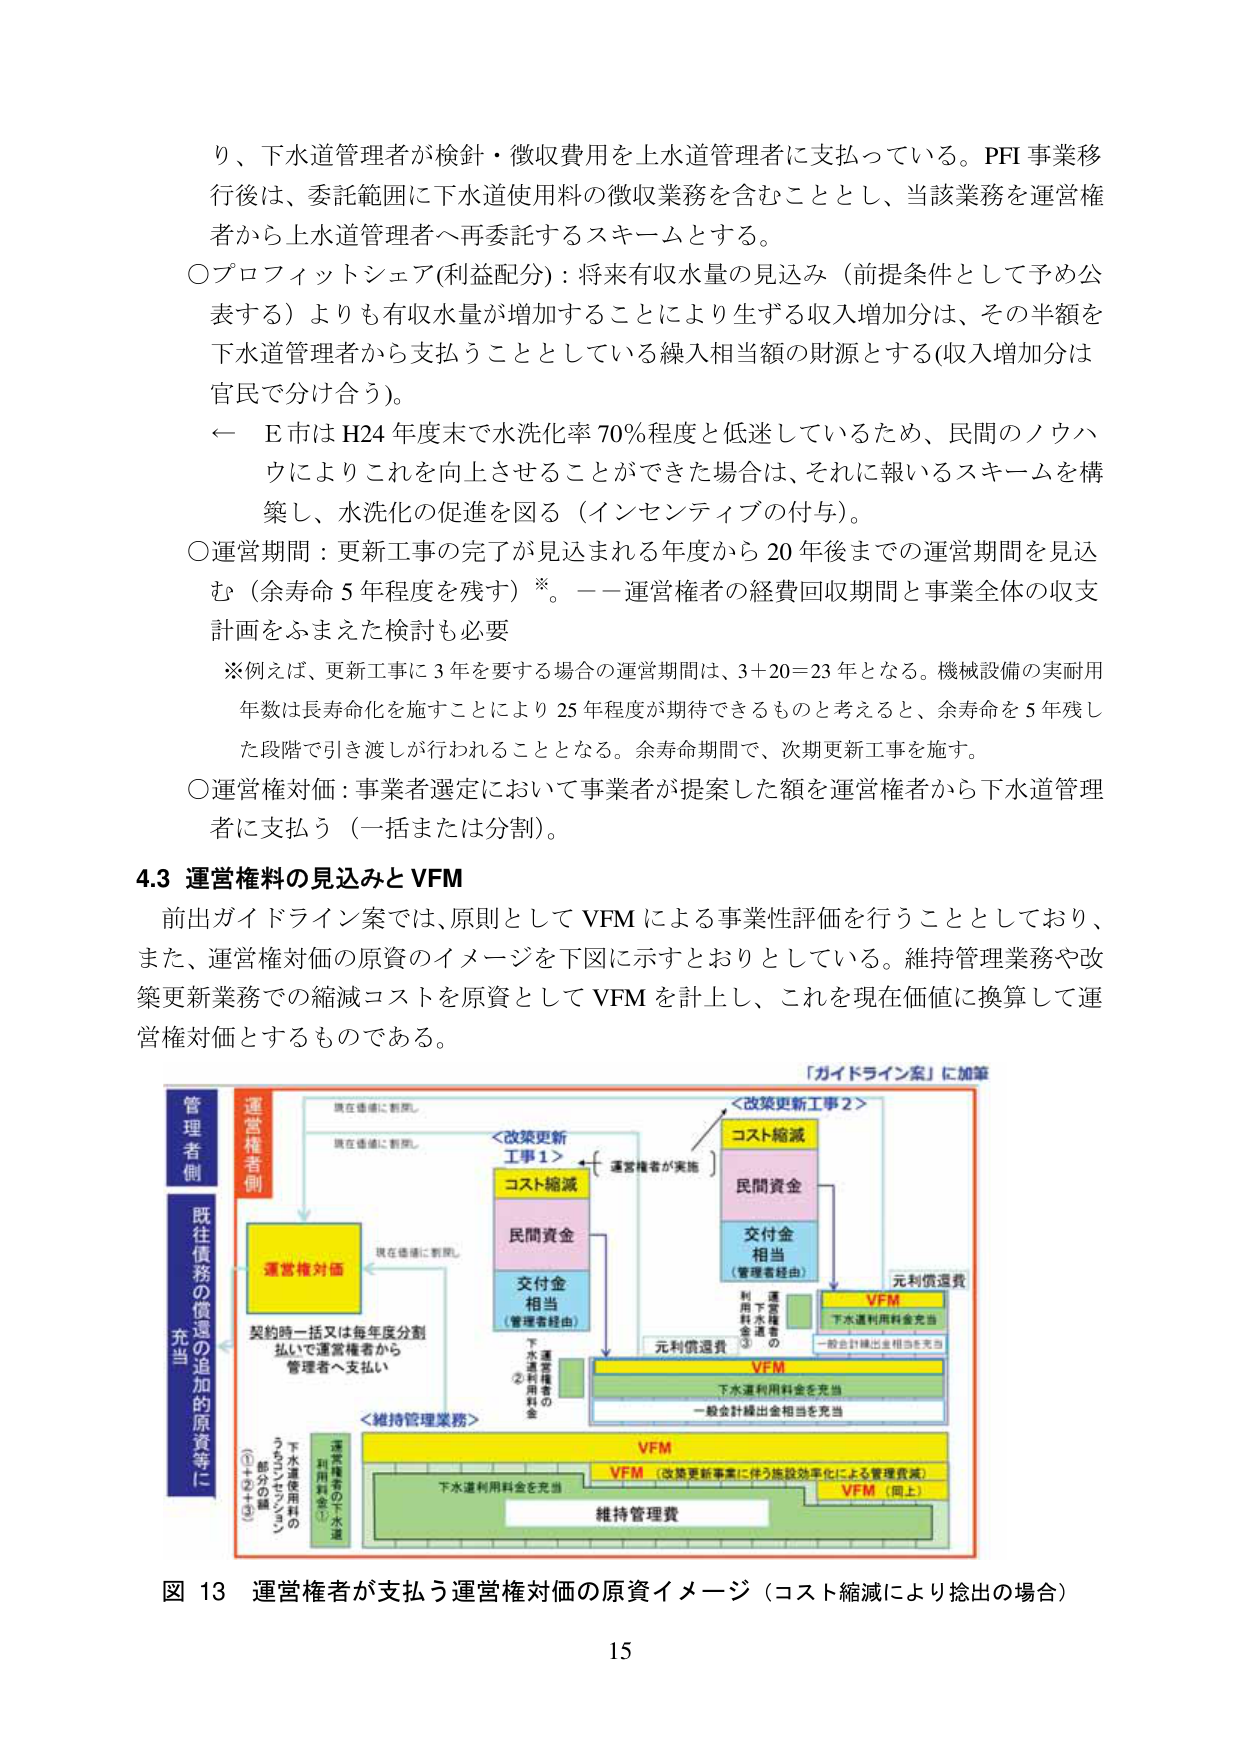
り、下水道管理者が検針・徴収費用を上水道管理者に支払っている。PFI事業移行後は、委託範囲に下水道使用料の徴収業務を含むこととし、当該業務を運営権者から上水道管理者へ再委託するスキームとする。

〇プロフィットシェア(利益分配)：将来有収水量の見込み（前提条件として予め公表する）よりも有収水量が増加することにより生ずる収入増加分は、その半額を下水道管理者から支払うこととしている繰入相当額の財源とする(収入増加分は官民で分け合う)。

← E市はH24年度末で水洗化率70％程度と低迷しているため、民間のノウハウによりこれを向上させることができた場合は、それに報いるスキームを構築し、水洗化の促進を図る（インセンティブの付与）。

〇運営期間：更新工事の完了が見込まれる年度から20年後までの運営期間を見込む（余寿命5年程度を残す）※。――運営権者の経費回収期間と事業全体の収支計画をふまえた検討も必要

※例えば、更新工事に3年を要する場合の運営期間は、3＋20＝23年となる。機械設備の実耐用年数は長寿命化を施すことにより25年程度が期待できるものと考えると、余寿命を5年残した段階で引き渡しが行われることとなる。余寿命期間で、次期更新工事を施す。

〇運営権対価：事業者選定において事業者が提案した額を運営権者から下水道管理者に支払う（一括または分割）。

4.3 運営権料の見込みとVFM

前出ガイドライン案では、原則としてVFMによる事業性評価を行うこととしており、また、運営権対価の原資のイメージを下図に示すとおりとしている。維持管理業務や改築更新業務での縮減コストを原資としてVFMを計上し、これを現在価値に換算して運営権対価とするものである。

「ガイドライン案」に加筆

管理者側
運営権者側
既往債務の償還の追加の原資等に充当

現在価値に割引
現在価値に割引
現在価値に割引

＜改築更新工事1＞
コスト縮減
民間資金
交付金相当（管理者経由）
運営権対価
契約時一括又は毎年度分割払いにて運営権者から管理者へ支払い

＜改築更新工事2＞
コスト縮減
民間資金
交付金相当（管理者経由）
元利償還費

VFM
下水道利用料金充当
一般会計繰出金相当を充当

VFM
下水道利用料金充当
一般会計繰出金相当を充当

＜維持管理業務＞
VFM
下水道利用料金を充当
維持管理費

VFM（改築更新事業に伴う施設効率化による管理費減）
VFM（同上）

利用料金①
下水道使用料のうちコンセッション部分の額①＋②＋③
下水道運営権者料金②
運営権者③

図13 運営権者が支払う運営権対価の原資イメージ（コスト縮減により捻出の場合）

15